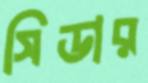
সিডার